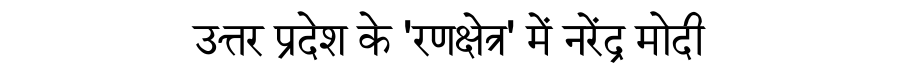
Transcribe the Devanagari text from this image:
उत्तर प्रदेश के 'रणक्षेत्र' में नरेंद्र मोदी